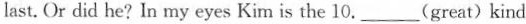
second. Kim came in last. Or did he? In my eyes Kim is the 10.___(great) kind